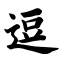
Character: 逗